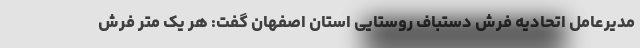
مدیرعامل اتحادیه فرش دستباف روستایی استان اصفهان گفت: هر یک متر فرش